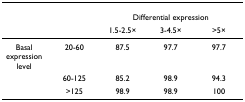
<table><thead><tr><td></td><td></td><td colspan="3"><b>Differential expression</b></td></tr><tr><td></td><td></td><td><b>1.5-2.5×</b></td><td><b>3-4.5×</b></td><td><b>&gt;5×</b></td></tr></thead><tbody><tr><td>Basal expression level</td><td>20-60</td><td>87.5</td><td>97.7</td><td>97.7</td></tr><tr><td></td><td>60-125</td><td>85.2</td><td>98.9</td><td>94.3</td></tr><tr><td></td><td>&gt;125</td><td>98.9</td><td>98.9</td><td>100</td></tr></tbody></table>